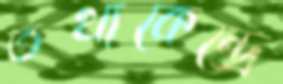
তথ্যকেন্দ্রে